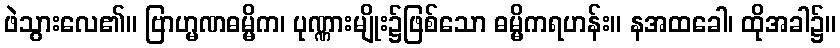
ဖဲသွားလေ၏။ ဗြာဟ္မဏဓမ္မိက၊ ပုဏ္ဏားမျိုး၌ဖြစ်သော ဓမ္မိကရဟန်း။ နအထခေါ၊ ထိုအခါ၌။